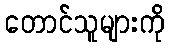
တောင်သူများကို